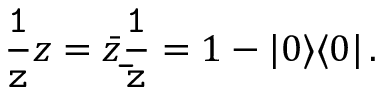
{ \tt \frac { 1 } { z } } z = \bar { z } { \tt \frac { 1 } { \bar { z } } } = 1 - | 0 \rangle \langle 0 | \, .